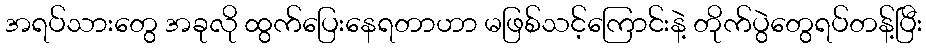
အရပ်သားတွေ အခုလို ထွက်ပြေးနေရတာဟာ မဖြစ်သင့်ကြောင်းနဲ့ တိုက်ပွဲတွေရပ်တန့်ပြီး